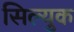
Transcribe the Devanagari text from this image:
सिल्युक